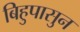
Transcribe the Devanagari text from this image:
बिहुपासुन